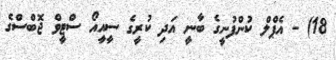
18) - އެޕްލް ކުންފުނީގެ ބާނީ އަދި ކުރީގެ ސީއީއޯ ސްޓީވް ޖޮބްސްގެ